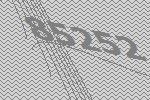
85252